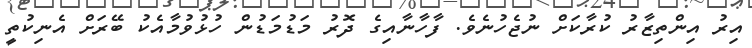
އިރު އިންތިޒާރު ކުރާކަށް ނުޖެހުނެވެ. ފާހާނާއިގެ ދޮރު މަޑުމަޑުން ހުޅުވުމާއެކު ބޭރަށް އެނިކުތީ